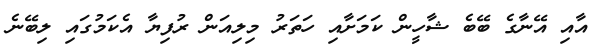
އާއި އޭނާގެ ބޭބެ ޝާހީން ކަމަށާއި ހަތަރު މިލިއަން ރުފިޔާ އެކަމުގައި ލިބޭނެ